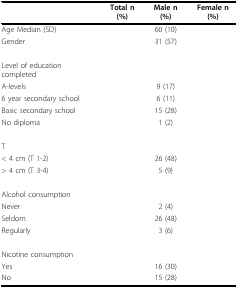
<table><thead><tr><td>[EMPTY_CELL]</td><td><b>Total n (%)</b></td><td><b>Male n (%)</b></td><td><b>Female n (%)</b></td></tr></thead><tbody><tr><td>Age Median (SD)</td><td>[EMPTY_CELL]</td><td>60 (10)</td><td>[EMPTY_CELL]</td></tr><tr><td>Gender</td><td>[EMPTY_CELL]</td><td>31 (57)</td><td>[EMPTY_CELL]</td></tr><tr><td>Level of education completed</td><td>[EMPTY_CELL]</td><td>[EMPTY_CELL]</td><td>[EMPTY_CELL]</td></tr><tr><td>A-levels</td><td>[EMPTY_CELL]</td><td>9 (17)</td><td>[EMPTY_CELL]</td></tr><tr><td>6 year secondary school</td><td>[EMPTY_CELL]</td><td>6 (11)</td><td>[EMPTY_CELL]</td></tr><tr><td>Basic secondary school</td><td>[EMPTY_CELL]</td><td>15 (28)</td><td>[EMPTY_CELL]</td></tr><tr><td>No diploma</td><td>[EMPTY_CELL]</td><td>1 (2)</td><td>[EMPTY_CELL]</td></tr><tr><td>T</td><td>[EMPTY_CELL]</td><td>[EMPTY_CELL]</td><td>[EMPTY_CELL]</td></tr><tr><td>&lt; 4 cm (T 1-2)</td><td>[EMPTY_CELL]</td><td>26 (48)</td><td>[EMPTY_CELL]</td></tr><tr><td>&gt; 4 cm (T 3-4)</td><td>[EMPTY_CELL]</td><td>5 (9)</td><td>[EMPTY_CELL]</td></tr><tr><td>Alcohol consumption</td><td>[EMPTY_CELL]</td><td>[EMPTY_CELL]</td><td>[EMPTY_CELL]</td></tr><tr><td>Never</td><td>[EMPTY_CELL]</td><td>2 (4)</td><td>[EMPTY_CELL]</td></tr><tr><td>Seldom</td><td>[EMPTY_CELL]</td><td>26 (48)</td><td>[EMPTY_CELL]</td></tr><tr><td>Regularly</td><td>[EMPTY_CELL]</td><td>3 (6)</td><td>[EMPTY_CELL]</td></tr><tr><td>Nicotine consumption</td><td>[EMPTY_CELL]</td><td>[EMPTY_CELL]</td><td>[EMPTY_CELL]</td></tr><tr><td>Yes</td><td>[EMPTY_CELL]</td><td>16 (30)</td><td>[EMPTY_CELL]</td></tr><tr><td>No</td><td>[EMPTY_CELL]</td><td>15 (28)</td><td>[EMPTY_CELL]</td></tr></tbody></table>